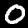
Digit: 0